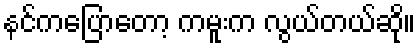
နင်ကပြောတော့ ကမူးက လွယ်တယ်ဆို။